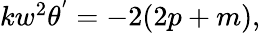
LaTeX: \begin{array}{r}{kw^{2}\theta^{'}=-2(2p+m),}\end{array}